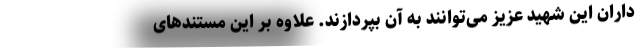
داران این شهید عزیز می‌توانند به آن بپردازند. علاوه بر این مستندهای